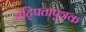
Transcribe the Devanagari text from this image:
षट्पितापुत्रक